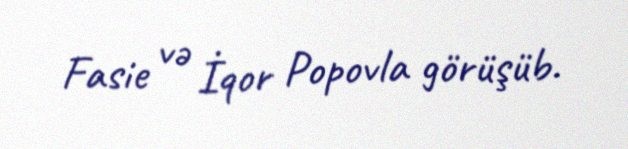
Fasie və İqor Popovla görüşüb.